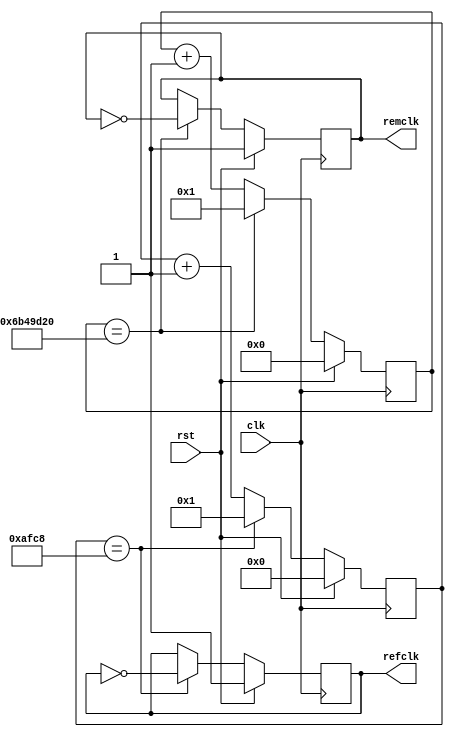
`timescale 1ns / 1ps
//////////////////////////////////////////////////////////////////////////////////
// Company: 
// Engineer: 
// 
// Design Name: 
// Module Name: ClkDiv
// Project Name: 
// Target Devices: 
// Tool Versions: 
// Description: 
// 
// Dependencies: 
// 
// Revision:
// Revision 0.01 - File Created
// Additional Comments:
// 
//////////////////////////////////////////////////////////////////////////////////


module ClkDiv(clk,rst,refclk,remclk);
input clk,rst;
output reg refclk;
output reg remclk;

reg [15:0]refcount;
reg [26:0] remcount;

always@(posedge clk)
begin

if(rst)
begin
refclk<=1'b1;
refcount<=16'd0;
end

else
begin

if(refcount==16'd45000)
begin
refclk<=~refclk;
refcount<=16'd1;
end

else refcount<=refcount+1;

end

end


always@(posedge clk)
begin

if(rst)
begin
remclk<=1'b1;
remcount<=27'd0;
end

else
begin

if(remcount==27'd112500000)
begin
remclk<=~remclk;
remcount<=27'd1;
end

else remcount<=remcount+1;

end

end






















endmodule